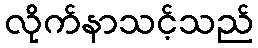
လိုက်နာသင့်သည်